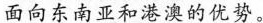
面向东南亚和港澳的优势。